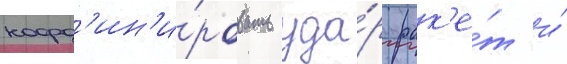
коорд'ин'и́ровать уда́р рак'е́т и́